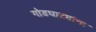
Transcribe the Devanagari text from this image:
गोडघाट्यांना